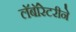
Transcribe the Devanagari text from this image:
लॅबॉरेटरीने